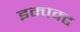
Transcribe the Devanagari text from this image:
इम्पक्ट